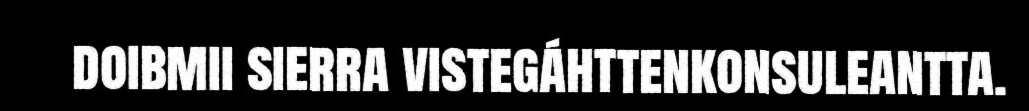
doibmii sierra vistegáhttenkonsuleantta.